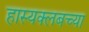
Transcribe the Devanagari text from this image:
हास्यक्लबच्या